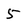
Character: 5